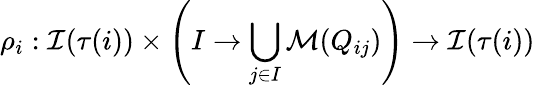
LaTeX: \rho_{i}:\mathcal{I}(\tau(i))\times\left(I\rightarrow\bigcup_{j\in I}\mathcal{M}(Q_{ij})\right)\rightarrow\mathcal{I}(\tau(i))